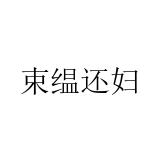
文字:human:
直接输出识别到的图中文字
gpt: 束缊还妇